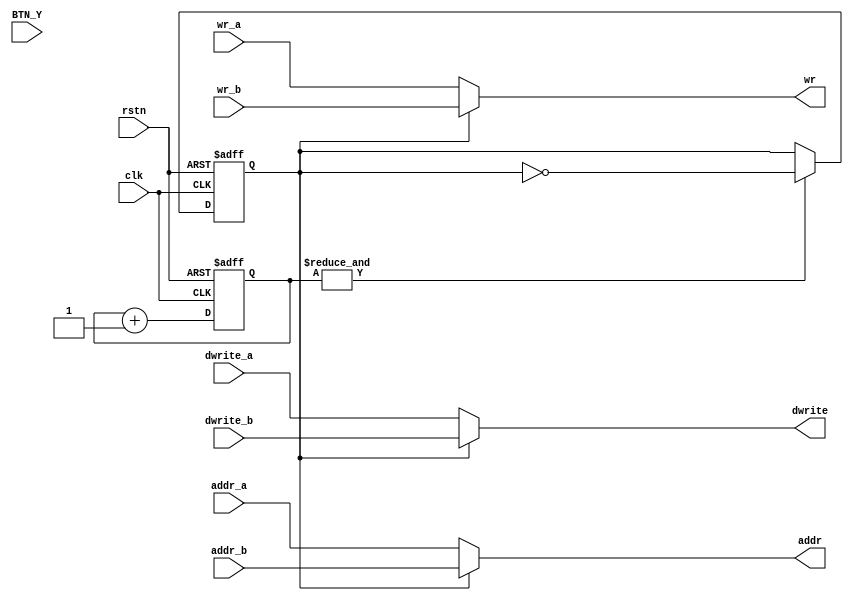
module vga_switch (
    input wire clk,
    input wire rstn,
    input wire [18:0] addr_a,
    input wire [15:0] dwrite_a,
    input wire wr_a,
    input wire [18:0] addr_b,
    input wire [15:0] dwrite_b,
    input wire wr_b,
    output reg [18:0] addr,
    output reg [15:0] dwrite,
    output reg wr,

    input wire [3:0] BTN_Y
);

  reg [19:0] cnt;
  reg sel;

  always @(posedge clk or negedge rstn) begin
    if (!rstn) begin
      cnt <= 0;
      sel <= 0;
    end else begin
      cnt <= cnt + 1;
      if (&cnt) begin
        sel <= ~sel;
      end
    end
  end

  always @* begin
    if (sel) begin
      addr = addr_b;
      dwrite = dwrite_b;
      wr = wr_b;
    end else begin
      addr = addr_a;
      dwrite = dwrite_a;
      wr = wr_a;
    end
  end


endmodule